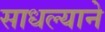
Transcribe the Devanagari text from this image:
साधल्याने